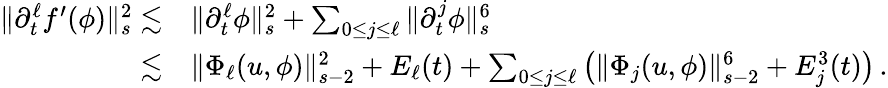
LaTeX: \begin{array}{rl}{\| \partial_{t}^{\ell}f^{\prime}(\phi)\| _{s}^{2}\lesssim}&{\| \partial_{t}^{\ell}\phi\| _{s}^{2}+\sum_{0\leq j\leq\ell}\| \partial_{t}^{j}\phi\| _{s}^{6}}\\ {\lesssim}&{\| \Phi_{\ell}(u,\phi)\| _{s-2}^{2}+E_{\ell}(t)+\sum_{0\leq j\leq\ell}\big(\| \Phi_{j}(u,\phi)\| _{s-2}^{6}+E_{j}^{3}(t)\big)\, .}\end{array}